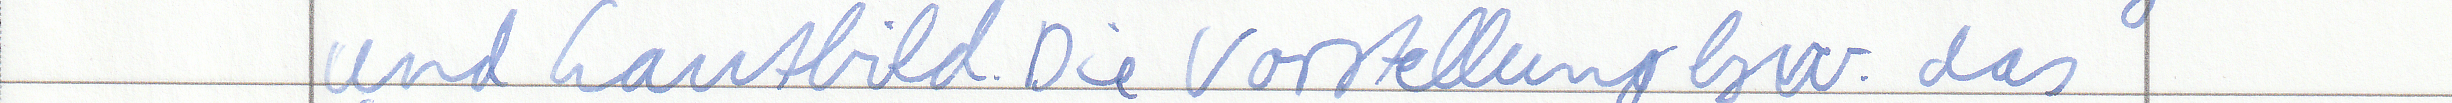
und Lautbild. Die Vorstellung bzw. das